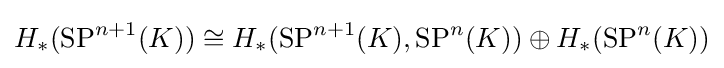
H_{*}(\operatorname {SP} ^{n+1}(K))\cong H_{*}(\operatorname {SP} ^{n+1}(K),\operatorname {SP} ^{n}(K))\oplus H_{*}(\operatorname {SP} ^{n}(K))